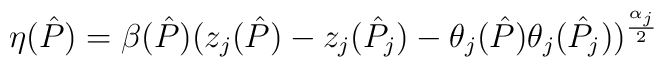
\eta(\hat P) = \beta(\hat P)(z_{j}(\hat P)-z_{j}(\hat P_{j})-\theta_{j}(\hat P)\theta_{j}(\hat P_{j}))^{\frac{\alpha_{j}}{2}}